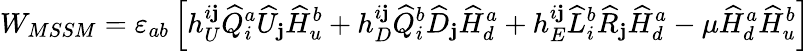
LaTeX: W_{MSSM}=\varepsilon_{ab}\left[h_{U}^{i\mathbf{j}}\widehat{Q}_{i}^{a}\widehat{U}_{\mathbf{j}}\widehat{H}_{u}^{b}+h_{D}^{i\mathbf{j}}\widehat{Q}_{i}^{b}\widehat{D}_{\mathbf{j}}\widehat{H}_{d}^{a}+h_{E}^{i\mathbf{j}}\widehat{L}_{i}^{b}\widehat{R}_{\mathbf{j}}\widehat{H}_{d}^{a}-\mu\widehat{H}_{d}^{a}\widehat{H}_{u}^{b}\right]